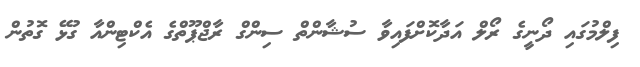
ފިލްމުގައި ދޯނީގެ ރޯލް އަދާކޮށްފައިވާ ސުޝާންތް ސިންގް ރާޖްޕޫތްގެ އެކްޓިންއާ ގުޅޭ ގޮތުން